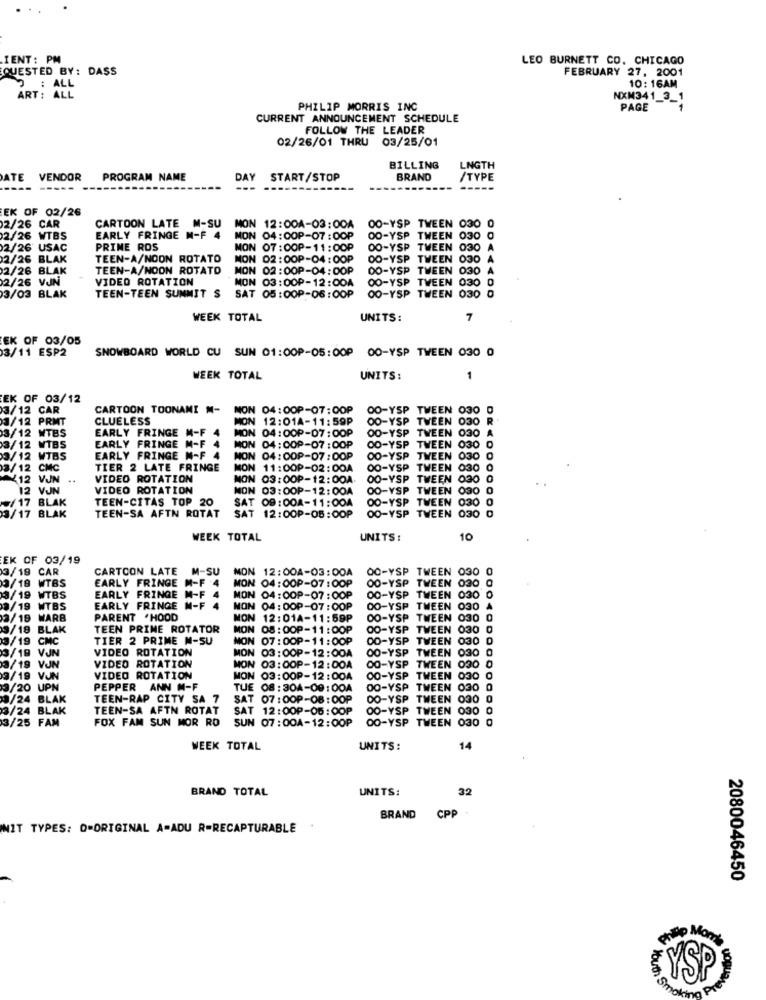
...
IENT: PM
LEO BURNETT CO. CHICAGO
QUESTED BY: DASS
FEBRUARY 27, 2001
10: 16AM
: ALL
ART : ALL
NXM341_3_1
PHILIP MORRIS INC
PAGE
CURRENT ANNOUNCEMENT SCHEDULE
FOLLOW THE LEADER
02/26/01 THRU 03/25/01
BILLING
LNGTH
ATE VENDOR
PROGRAM NAME
DAY
START/STOP
BRAND
/TYPE
---
EK OF 02/26
CARTOON LATE
M-SU
2/26 CAR
CARTOON LATE M-SU MON 12:00A-03:00A
00-YSP TWEEN 030 0
2/26 WTBS
EARLY FRINGE M-F 4
MON 04:00P-07:00P
00-YSP TWEEN 030 0
2/26 USAC
PRIME ROS
MON 07:00P-11:00P
00-YSP TWEEN 030 A
2/26 BLAK
TEEN-A/NOON ROTATO
MON 02:00P-04:00P
DO-YSP TWEEN 030 A
2/26 BLAK
TEEN-A/NOON ROTATO
MON 02:00P-04:00P
DO-YSP TWEEN 030 A
2/26 VJN
VIDEO ROTATION
MON 03:00P-12:00A
00-YSP TWEEN 030 0
00-YSP TWEEN 030 0
3/03 BLAK
TEEN-TEEN SUMMIT S
SAT 05 : 00P-06:00P
WEEK TOTAL
UNITS:
7
EK OF 03/05
3/11 ESP2
SNOWBOARD WORLD CU SUN 01:00P-05:00P 00-YSP TWEEN 030 0
WEEK TOTAL
UNITS:
1
EK OF 03/12
3/12 CAR
CARTOON TOONANI M-
NON 04:00P-07:00P
00-YSP TWEEN 030
3/12 PRMT
CLUELESS
MON 12:01A-11:59P
OO-YSP TWEEN 030 R
EARLY FRINGE M-F
00-YSP TWEEN 030
3/12 MTBS
MON 04:00P-07:00P
3/12 MTBS
EARLY FRINGE M-F 4
NON 04:00P-07:00P
OD-YSP TWEEN 030
3/12 WTBS
EARLY FRINGE M-F 4
NON 04:00P-07:00P
00-YSP TWEEN 030
3/ 12 CMC
TIER 2 LATE FRINGE
MON 11:00P-02:00A
00-YSP TWEEN 030
12 VJN
VIDEO ROTATION
NON 03:00P-12:00A.
00-YSP TWEEN 030 0
12 VJN
VIDEO ROTATION
MON 03:00P-12:00A
OO-YSP TWEEN 030
TEEN-CITAS TOP 20
00-YSP TWEEN 030 0
/17 BLAK
SAT 09: 00A-11:004
00-YSP TWEEN 030 0
3/17 BLAK
TEEN-SA AFTN ROTAT
SAT 12:00P-05:00P
WEEK TOTAL
UNITS :
10
EK OF 03/19
3/19 CAR
CARTOON LATE
CARTOON LATE M-SU MON 12:00A-03:00A
12:00A-03:00A
OO-YSP TWEEN 030 0
3/18 WTBS
EARLY FRINGE M-F 4
MON 04:00P-07:00P
00-YSP TWEEN 030
3/19 WTBS
EARLY FRINGE M-F
EARLY FRINGE M-F
MON 04:00P-07:00P
00-YSP TWEEN 030 0
3/19 WTBS
MON 04:00P-07:00P
DO-YSP TWEEN 030
2/18 WARB
PARENT HOOD
MON 12:01A-11:59P
00-YSP TWEEN 030
9/18 BLAK
TEEN PRIME ROTATOR
MON 08 : 00P-11:00P
00-YSP TWEEN 030
3/19 CMC
TIER 2 PRIME M-SU
MON 07:00P-11:00P
OD-YSP TWEEN 030 0
3/18 VJN
VIDEO ROTATION
00-YSP TWEEN 030 0
MON 03: 00P-12:00A
3/19 VJN
VIDEO ROTATION
MON 03:00P-12:00A
OO-YSP TWEEN 030 0
9/19 VUN
VIDEO ROTATION
MON 03:00P-12:00A
OO-YSP TWEEN 030 0
3/20 UPN
PEPPER ANN M-F
TUE 08: 304-09:00A
DO-YSP TWEEN 030 0
9/24 BLAK
TEEN-RAP CITY SA 7
SAT 07:00P-08:00P
DO-YSP TWEEN 030 0
3/24 BLAK
TEEN-SA AFTN ROTAT
SAT 12:00P-05:00P
00-YSP TWEEN 030
FOX FAM SUN MOR RO
SUN 07:00A-12:00P
DO-YSP TWEEN 030 0
3/25 FAM
WEEK TOTAL
UNITS:
14
BRAND TOTAL
UNITS:
32
CPP
BRAND
NIT TYPES: D=ORIGINAL A-ADU R-RECAPTURABLE
2080046450
YSP
Pre